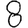
Digit: 8